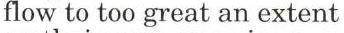
flow to too great an extent